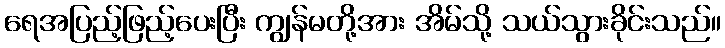
ရေအပြည့်ဖြည့်ပေးပြီး ကျွန်မတို့အား အိမ်သို့ သယ်သွားခိုင်းသည်။